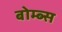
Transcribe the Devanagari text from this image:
बोम्ब्स